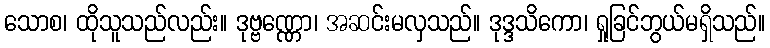
သောစ၊ ထိုသူသည်လည်း။ ဒုဗ္ဗဏ္ဏော၊ အဆင်းမလှသည်။ ဒုဒ္ဒသိကော၊ ရှုခြင်ဘွယ်မရှိသည်။